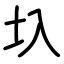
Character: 圦